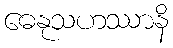
ဓေနုသဟဿာနိ